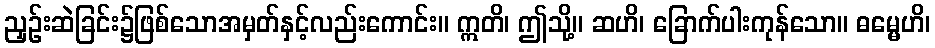
ညှဉ်းဆဲခြင်း၌ဖြစ်သောအမှတ်နှင့်လည်းကောင်း။ ဣတိ၊ ဤသို့။ ဆဟိ၊ ခြောက်ပါးကုန်သော။ ဓမ္မေဟိ၊